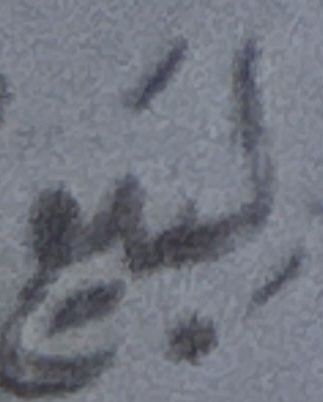
لبیع